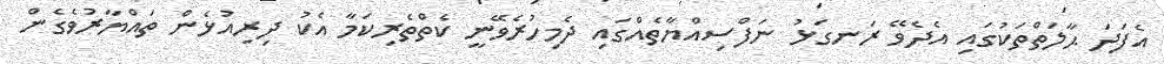
އެފަދަ ޙާލަތްތަކުގައި އެދެވޭ ރަނގަޅު ނަފްސިއްޔާތެއްގައި ދެމިހުރެވޭނީ ކެތްތެރިކަމާ އެކު ދިރިއުޅެން ތައްޔާރުވެގެން